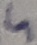
Text: 5